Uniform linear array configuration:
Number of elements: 24
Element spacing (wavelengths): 1
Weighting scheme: binomial
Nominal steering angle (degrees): -60
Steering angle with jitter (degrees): -60.291
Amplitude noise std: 0.05
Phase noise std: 0.05

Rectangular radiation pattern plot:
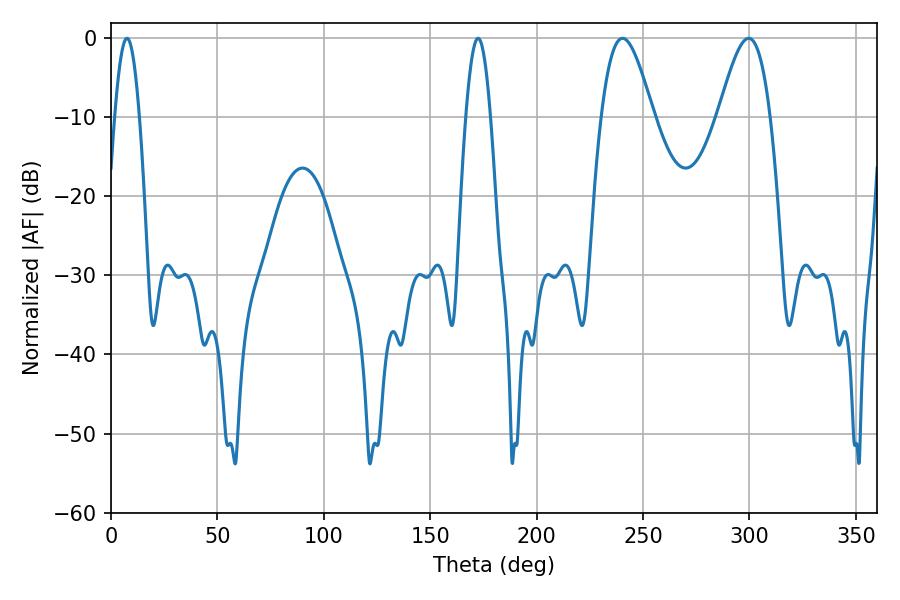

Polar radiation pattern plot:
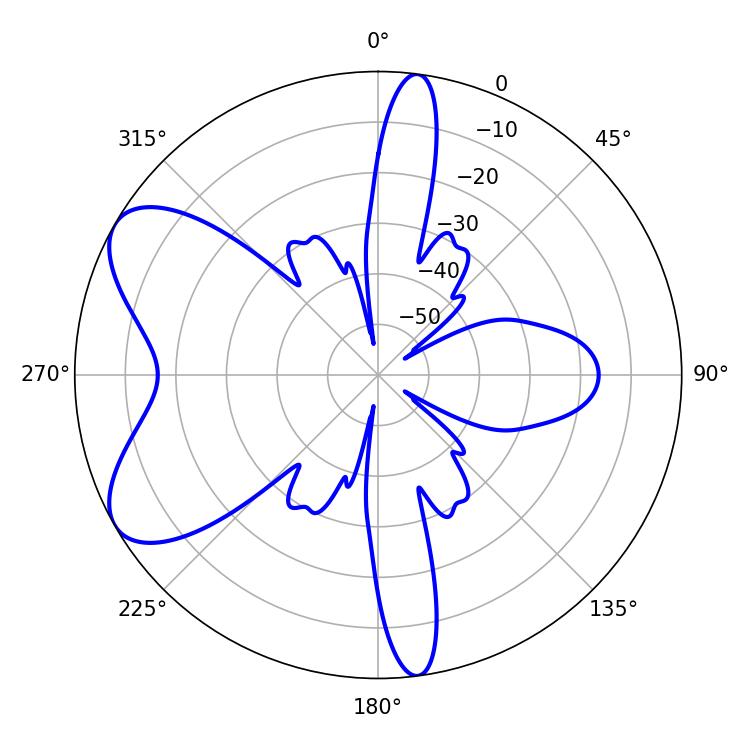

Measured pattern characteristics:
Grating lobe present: TRUE
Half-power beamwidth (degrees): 12.96
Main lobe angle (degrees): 240.3